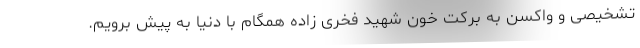
تشخیصی و واکسن به برکت خون شهید فخری زاده همگام با دنیا به پیش برویم.